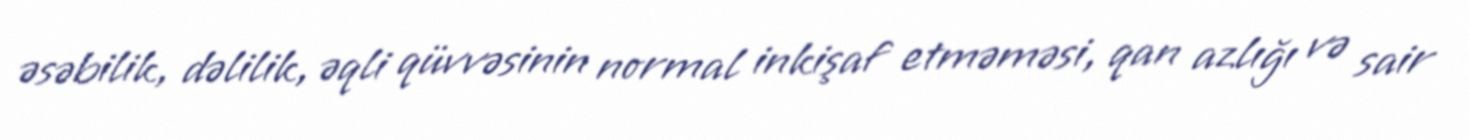
əsəbilik, dəlilik, əqli qüvvəsinin normal inkişaf etməməsi, qan azlığı və sair